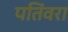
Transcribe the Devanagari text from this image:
पतिंवरा